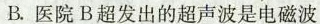
B. 医院B超发出的超声波是电磁波